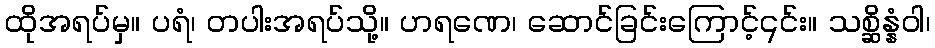
ထိုအရပ်မှ။ ပရံ၊ တပါးအရပ်သို့။ ဟရဏေ၊ ဆောင်ခြင်းကြောင့်၎င်း။ သစ္ဆိန္နံဝါ၊